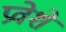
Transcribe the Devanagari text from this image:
प्रवेशे